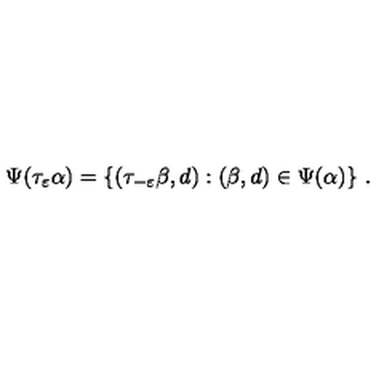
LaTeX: \Psi ( \tau _ { \varepsilon } \alpha ) = \{ ( \tau _ { - \varepsilon } \beta , d ) : ( \beta , d ) \in \Psi ( \alpha ) \} \ .